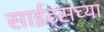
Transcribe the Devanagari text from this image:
साईट्सच्या